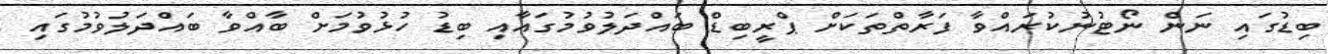
ބިޑުގައި ނަން ނޯޓުނުކުރައްވާ ފަރާތްތަކަށް ޕްރީބިޑް ބައްދަލުވުމުގައާއި ބިޑު ހުޅުވުމަށް ބާއްވާ ބައްދަލުވުމުގައި